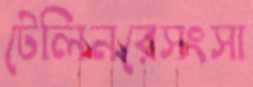
টেলিনরেসংসা